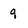
Character: q